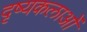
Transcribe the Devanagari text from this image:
दृष्यकलाओं